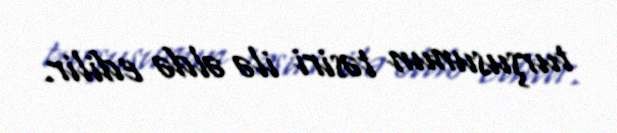
turşusunun təsiri ilə əldə edilir.